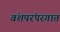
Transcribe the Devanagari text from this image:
वंशपरंपरगात